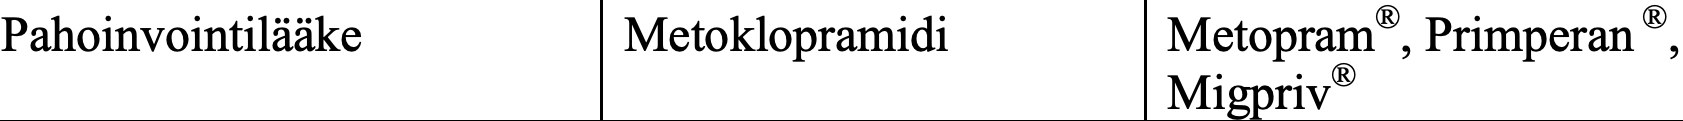
Pahoinvointilääke   Metoklopramidi    Metopram®, Primperan ®, Migpriv®